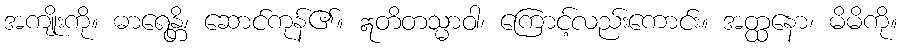
အကျိုးကို။ ဓာရေန္တိ၊ ဆောင်ကုန်၏။ ဣတိတသ္မာဝါ၊ ကြောင့်လည်းကောင်း။ အတ္ထနော၊ မိမိကို။